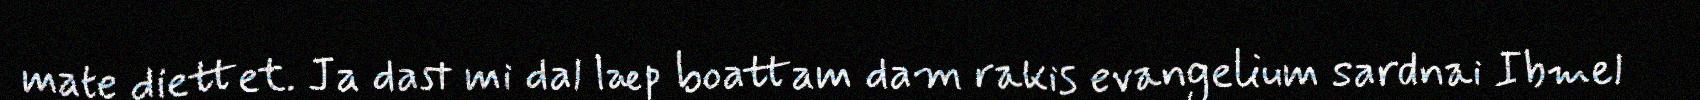
mate diettet. Ja dast mi dal læp boattam dam rakis evangelium sardnai Ibmel